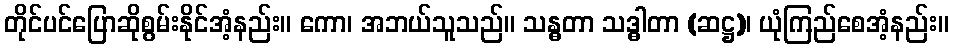
တိုင်ပင်ပြောဆိုစွမ်းနိုင်အံ့နည်း။ ကော၊ အဘယ်သူသည်။ သန္ဓတာ သဒ္ဓါတာ (ဆဋ္ဌ)၊ ယုံကြည်စေအံ့နည်း။